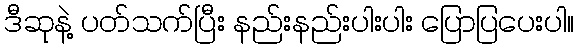
ဒီဆုနဲ့ ပတ်သက်ပြီး နည်းနည်းပါးပါး ပြောပြပေးပါ။